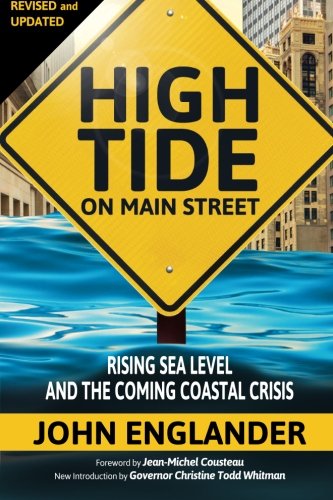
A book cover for High Tide On Main Street: Rising Sea Level and the Coming Coastal Crisis; John Englander; Science & Math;